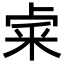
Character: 𥹄